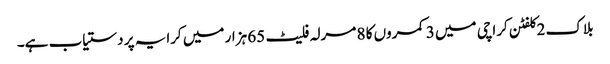
بلاک 2 کلفٹن کراچی میں 3 کمروں کا 8 مرلہ فلیٹ 65 ہزار میں کرایہ پر دستیاب ہے۔